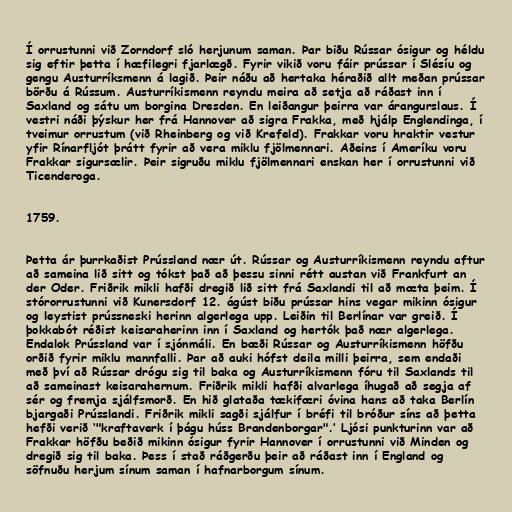
Í orrustunni við Zorndorf sló herjunum saman. Þar biðu Rússar ósigur og héldu
sig eftir þetta í hæfilegri fjarlægð. Fyrir vikið voru fáir prússar í Slésíu og
gengu Austurríksmenn á lagið. Þeir náðu að hertaka héraðið allt meðan prússar
börðu á Rússum. Austurríkismenn reyndu meira að setja að ráðast inn í
Saxland og sátu um borgina Dresden. En leiðangur þeirra var árangurslaus. Í
vestri náði þýskur her frá Hannover að sigra Frakka, með hjálp Englendinga, í
tveimur orrustum (við Rheinberg og við Krefeld). Frakkar voru hraktir vestur
yfir Rínarfljót þrátt fyrir að vera miklu fjölmennari. Aðeins í Ameríku voru
Frakkar sigursælir. Þeir sigruðu miklu fjölmennari enskan her í orrustunni við
Ticenderoga.

1759.

Þetta ár þurrkaðist Prússland nær út. Rússar og Austurríkismenn reyndu aftur
að sameina lið sitt og tókst það að þessu sinni rétt austan við Frankfurt an
der Oder. Friðrik mikli hafði dregið lið sitt frá Saxlandi til að mæta þeim. Í
stórorrustunni við Kunersdorf 12. ágúst biðu prússar hins vegar mikinn ósigur
og leystist prússneski herinn algerlega upp. Leiðin til Berlínar var greið. Í
þokkabót réðist keisaraherinn inn í Saxland og hertók það nær algerlega.
Endalok Prússland var í sjónmáli. En bæði Rússar og Austurríkismenn höfðu
orðið fyrir miklu mannfalli. Þar að auki hófst deila milli þeirra, sem endaði
með því að Rússar drógu sig til baka og Austurríkismenn fóru til Saxlands til
að sameinast keisarahernum. Friðrik mikli hafði alvarlega íhugað að segja af
sér og fremja sjálfsmorð. En hið glataða tækifæri óvina hans að taka Berlín
bjargaði Prússlandi. Friðrik mikli sagði sjálfur í bréfi til bróður síns að þetta
hefði verið ‘"kraftaverk í þágu húss Brandenborgar".’ Ljósi punkturinn var að
Frakkar höfðu beðið mikinn ósigur fyrir Hannover í orrustunni við Minden og
dregið sig til baka. Þess í stað ráðgerðu þeir að ráðast inn í England og
söfnuðu herjum sínum saman í hafnarborgum sínum.